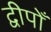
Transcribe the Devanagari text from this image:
द्वीपोँ